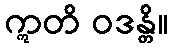
ဣတိ ဝဒန္တိ။